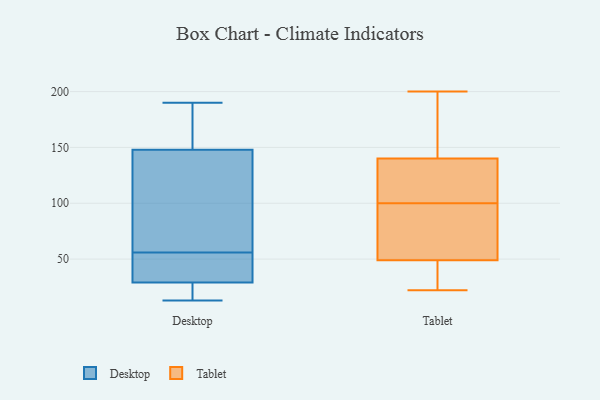
{"axis": {"x": "Operating Costs (USD K)", "y": "Value"}, "legend": ["Desktop", "Tablet"], "data": [{"x": "", "y": 142, "type": "Desktop"}, {"x": "", "y": 24, "type": "Desktop"}, {"x": "", "y": 54, "type": "Desktop"}, {"x": "", "y": 165, "type": "Desktop"}, {"x": "", "y": 169, "type": "Desktop"}, {"x": "", "y": 133, "type": "Desktop"}, {"x": "", "y": 52, "type": "Desktop"}, {"x": "", "y": 148, "type": "Desktop"}, {"x": "", "y": 58, "type": "Desktop"}, {"x": "", "y": 168, "type": "Desktop"}, {"x": "", "y": 15, "type": "Desktop"}, {"x": "", "y": 190, "type": "Desktop"}, {"x": "", "y": 29, "type": "Desktop"}, {"x": "", "y": 18, "type": "Desktop"}, {"x": "", "y": 82, "type": "Desktop"}, {"x": "", "y": 49, "type": "Desktop"}, {"x": "", "y": 13, "type": "Desktop"}, {"x": "", "y": 39, "type": "Desktop"}, {"x": "", "y": 158, "type": "Tablet"}, {"x": "", "y": 78, "type": "Tablet"}, {"x": "", "y": 156, "type": "Tablet"}, {"x": "", "y": 93, "type": "Tablet"}, {"x": "", "y": 49, "type": "Tablet"}, {"x": "", "y": 139, "type": "Tablet"}, {"x": "", "y": 200, "type": "Tablet"}, {"x": "", "y": 99, "type": "Tablet"}, {"x": "", "y": 115, "type": "Tablet"}, {"x": "", "y": 101, "type": "Tablet"}, {"x": "", "y": 127, "type": "Tablet"}, {"x": "", "y": 48, "type": "Tablet"}, {"x": "", "y": 22, "type": "Tablet"}, {"x": "", "y": 24, "type": "Tablet"}, {"x": "", "y": 33, "type": "Tablet"}, {"x": "", "y": 140, "type": "Tablet"}, {"x": "", "y": 69, "type": "Tablet"}, {"x": "", "y": 185, "type": "Tablet"}]}